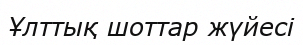
Ұлттық шоттар жүйесі